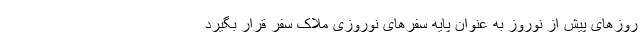
روزهای پیش از نوروز به‌ عنوان پایه سفرهای نوروزی ملاک سفر قرار بگیرد